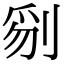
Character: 𠝄